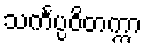
သင်္ကပ္ပဝိတက္ကာ